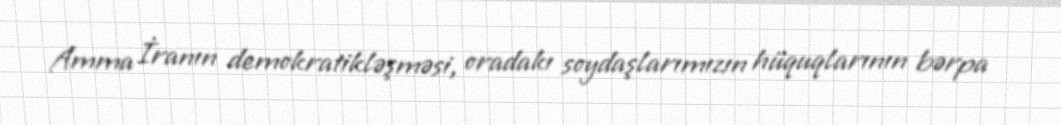
Amma İranın demokratikləşməsi, oradakı soydaşlarımızın hüquqlarının bərpa